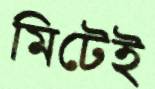
মিটেই